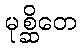
မုစ္ဆိတေ